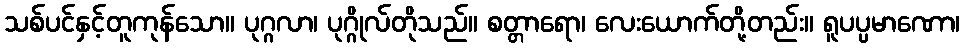
သစ်ပင်နှင့်တူကုန်သော။ ပုဂ္ဂလာ၊ ပုဂ္ဂိုလ်တိုသည်။ စတ္တာရော၊ လေးယောက်တို့တည်း။ ရူပပ္ပမာဏော၊